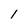
Character: 1